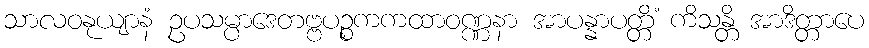
သာလဝနုယျာနံ ဥပသမ္ပာဒေတဗ္ဗပဉ္စကကထာဝဏ္ဏနာ အာပန္နာပတ္တိံ ကိသန္တိ အာဒိတ္တာပေ